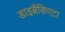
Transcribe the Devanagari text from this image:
डाइब्रैंकिएटा